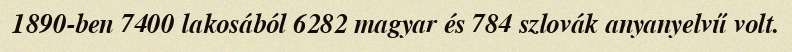
1890-ben 7400 lakosából 6282 magyar és 784 szlovák anyanyelvű volt.